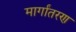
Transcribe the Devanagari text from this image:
मार्गांतरण